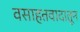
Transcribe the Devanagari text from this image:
वसाहतवादातून